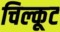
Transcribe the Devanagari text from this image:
चिल्कूट